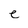
Character: e